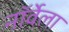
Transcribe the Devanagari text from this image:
नॉर्वेला